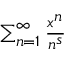
\scriptstyle \sum _ { n = 1 } ^ { \infty } { \frac { x ^ { n } } { n ^ { s } } }